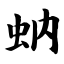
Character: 蚋